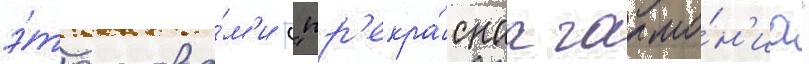
э́то слова́м'и ("пр'екра́снаа гармо́н'иа"